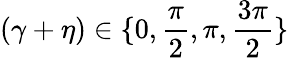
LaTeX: (\gamma+\eta)\in\{ 0,\frac{\pi}{2},\pi,\frac{3\pi}{2}\}